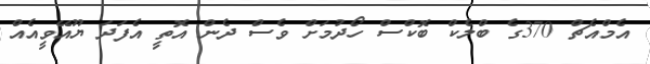
އެމްއެޗް 370ގެ ބްލެކް ބޮކްސް ހޯދުމަށް ވެސް ދެން އޮތީ އެފަދަ ޔޫއޭވީއެއް